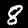
Digit: 8